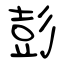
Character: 彭